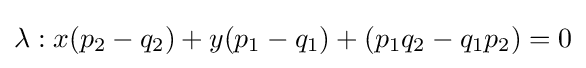
\lambda :x(p_{2}-q_{2})+y(p_{1}-q_{1})+(p_{1}q_{2}-q_{1}p_{2})=0